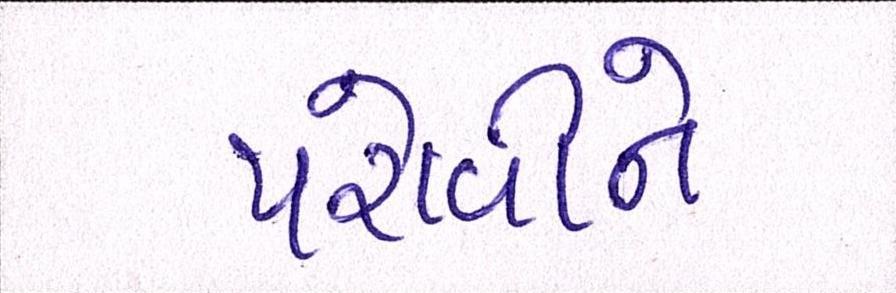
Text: પરોવીને